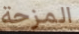
المزحة